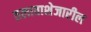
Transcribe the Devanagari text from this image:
तलावाशेजारील